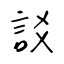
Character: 訤